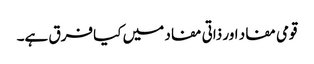
قومی مفاد اور ذاتی مفاد میں کیا فرق ہے۔